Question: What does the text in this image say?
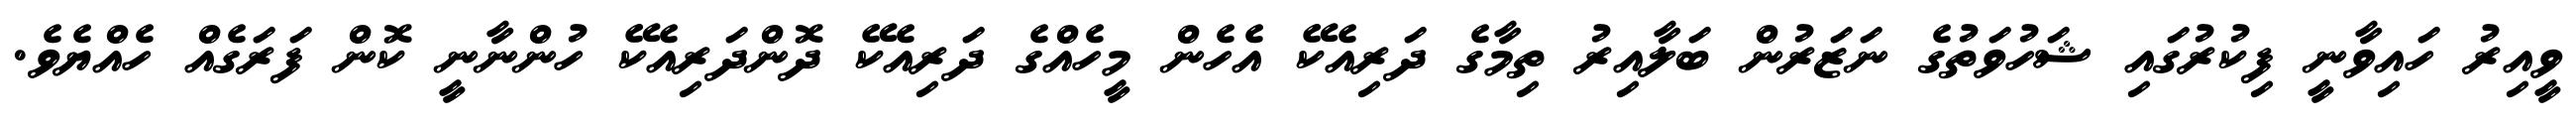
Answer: ވީއިރު ހައިވާނީ ފިކުރުގައި ޝަހުވަތުގެ ނަޒަރުން ބަލާއިރު ތިމާގެ ދަރިއެކޭ އެހެން މީހެއްގެ ދަރިއެކޭ ދޮންދަރިއެކޭ ހުންނާނީ ކޮން ފަރަގެއް ހެއްޔެވެ.